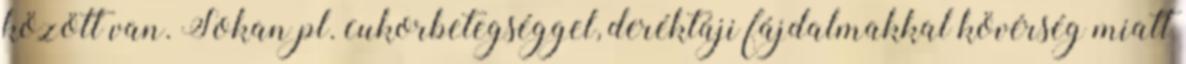
között van. Sokan pl. cukorbetegséggel, deréktáji fájdalmakkal kövérség miatt